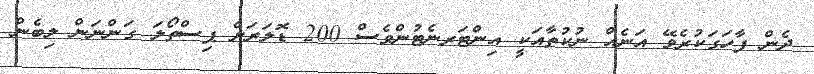
ދެން ފާހަގަކުރެވޭ އަނެއް ނުކުތާއަކީ އިންޓަރނެޓުންވެސް 200 ޑޮލަރަށް ޕިސްތޯލަ ގަންނަން ލިބެން